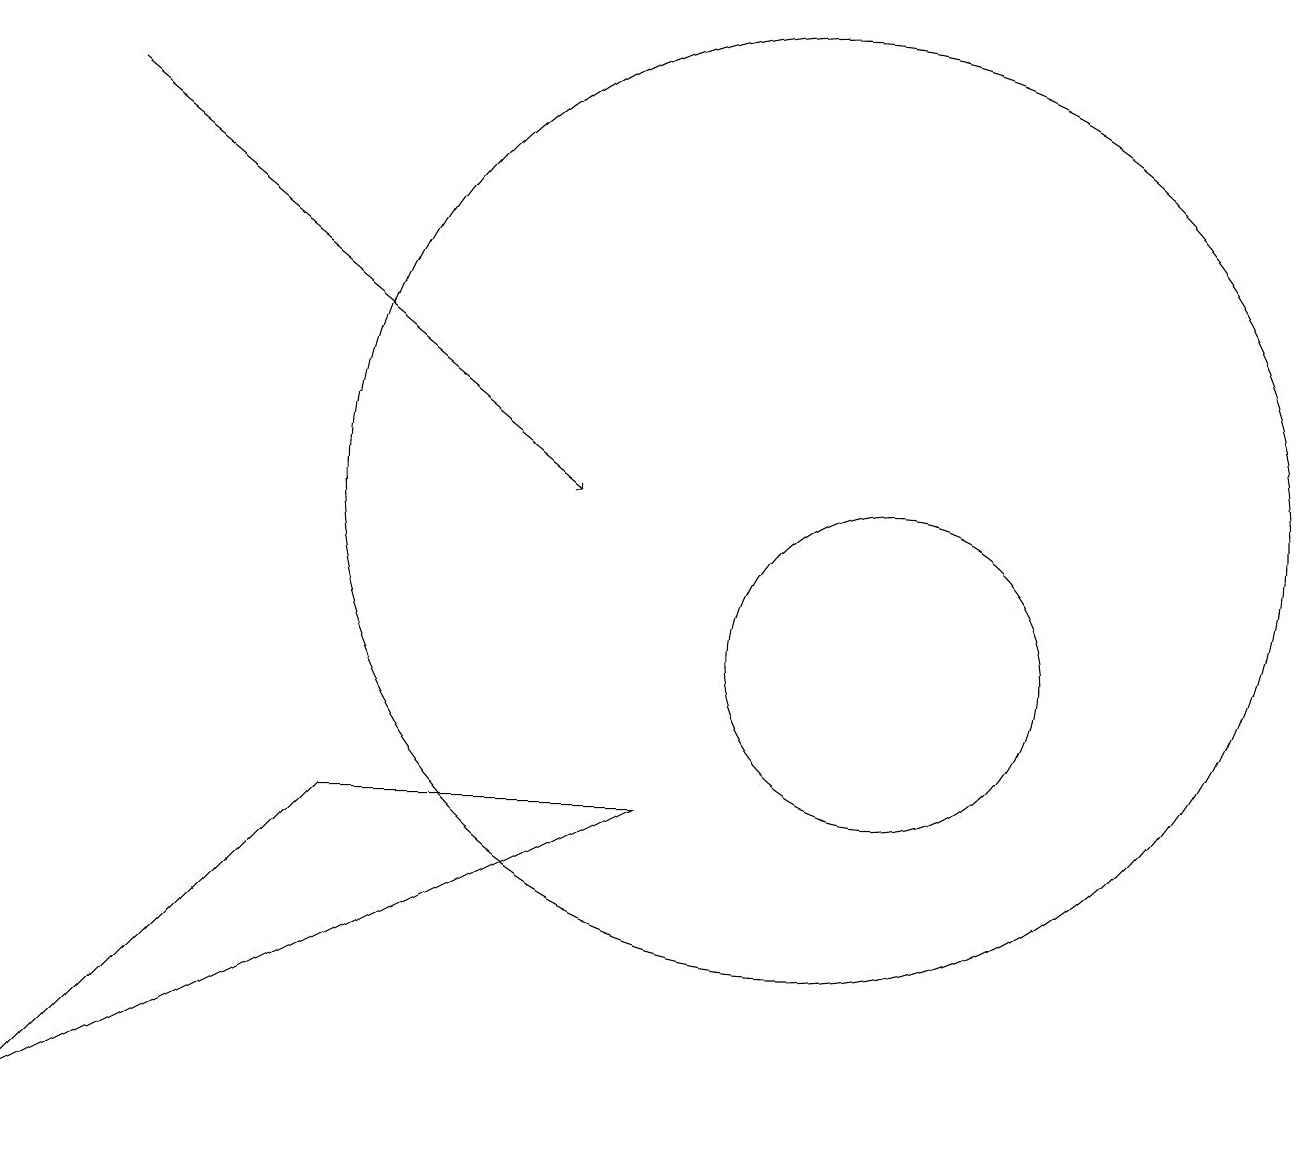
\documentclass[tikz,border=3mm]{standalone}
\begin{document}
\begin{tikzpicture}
\draw (12,10) circle (2);
\draw[->] (2,17) -- (8,12);
\draw (11,12) circle (6);
\draw (9,8) -- (5,8) -- (1,4) -- cycle;
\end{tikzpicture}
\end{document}